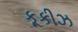
કૂકીઝ